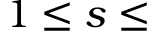
1 \le s \le